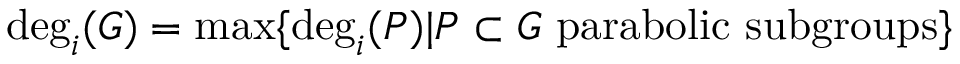
\deg _ { i } ( G ) = \operatorname* { m a x } \{ \deg _ { i } ( P ) | P \subset G { \mathrm { ~ p a r a b o l i c ~ s u b g r o u p s } } \}